Annual report on the working of the lock hospitals in the Central Provinces
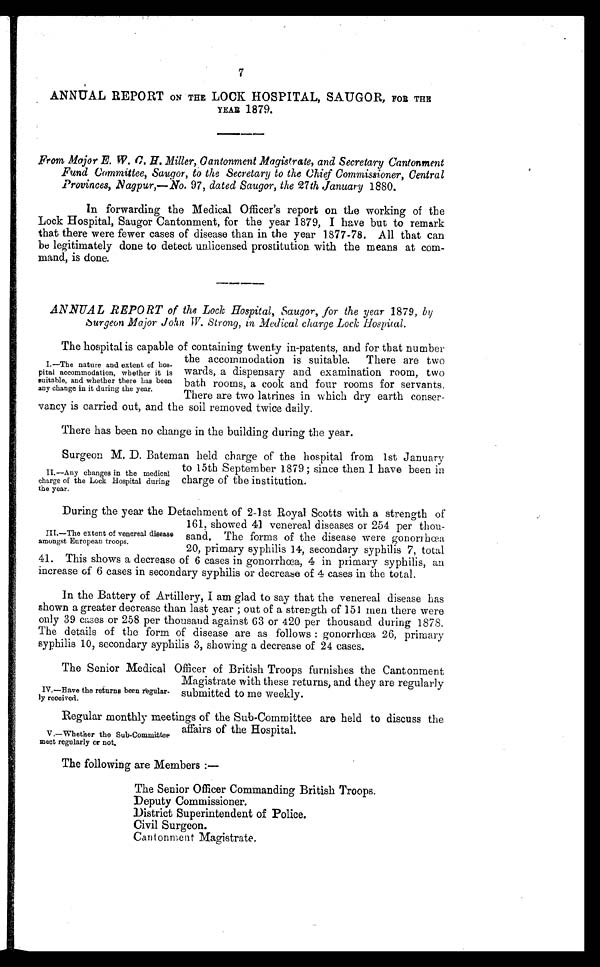
Regular monthly meetings of the Sub-Committee are held to discuss the
affairs of the Hospital.
V .—Whether the Sub-Committee
meet regularly or not.
7
ANNUAL REPORT oN THE LOCK HOSPITAL, SAUGOR, FOR THE
YEAR 1879.
From Major E. W. C. H. Miller, Cantonment Magistrate, and Secretary Cantonment
Fund Committee, Saugor, to the Secretary to the Chief Commissioner, Central
Provinces, N agpur,— No. 97, dated Saugor, the 27 th January 1880.
In forwarding the Medical Officer's report on the working of the
Lock Hospital, Saugor Cantonment, for the year 1879, I have but to remark
that there were fewer cases of disease than in the year 1877-78. All that can
be legitimately done to detect unlicensed prostitution with the means at com-
mand, is done.
ANNUAL REPORT of the Lock Hospital, saugor, for the year 1879, by
Surgeon Major John TV. Strong, in Medical charge Lock Hospital.
The hospital is capable of containing twenty in-patents, and for that number
the accommodation is suitable. There are two
wards, a dispensary and examination room, two
bath rooms, a cook and four rooms for servants.
There are two latrines in which dry earth conser-
vancy is carried out, and the soil removed twice daily.
There has been no change in the building during the year.
Surgeon M, D. Bateman held charge of the hospital from 1st January
to 15th September 1879;since then I have been in
charge of the institution.
During the year the Detachment of 2-1st Royal Scotts with a strength of
161, showed 41 venereal diseases or 254 per thou-
sand. The forms of the disease were gonorrhœa
20, primary syphilis 14, secondary syphilis 7, total
41. This shows a decrease of 6 cases in gonorrhœa, 4 in primary syphilis, an
increase of 6 cases in secondary syphilis or decrease of 4 cases in the total.
In the Battery of Artillery, I am glad to say that the venereal disease has
shown a greater decrease than last year;out of a strength of 151 men there were
only 39 cases or 258 per thousand against 63 or 420 per thousand during 1878.
The details of the form of disease are as follows: gonorrhœa 26, primary
syphilis 10, secondary syphilis 3, showing a decrease of 24 cases.
The Senior Medical Officer of British Troops furnishes the Cantonment
Magistrate with these returns, and they are regularly
submitted to me weekly.
I.—The nature and extent of hos-
pital accommodation, whether it is
suitable, and whether there has been
any change in it during the year.
II.—Any changes in the medical,
charge of the Lock Hospital during
the year.
III.—The extent of venereal disease
amongst European troops.
IV.—Have the returns been regular-
ly received.
The following are Members :—
The Senior Officer Commanding British Troops.
Deputy Commissioner.
District Superintendent of Police.
Civil Surgeon.
Cantonment Magistrate.